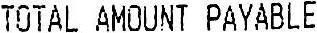
TOTAL AMOUNT PAYABLE